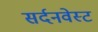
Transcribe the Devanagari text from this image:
सर्दनवेस्ट